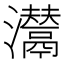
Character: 𤄵